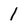
Character: 1